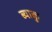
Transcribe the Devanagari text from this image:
ब्याकु